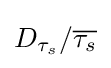
D_{{\tau }_{s}}/{\overline {\tau _{s}}}